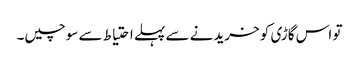
تو اس گاڑی کو خریدنے سے پہلے احتیاط سے سوچیں۔